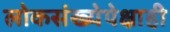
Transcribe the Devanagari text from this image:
लोकसंख्येपेक्षाही